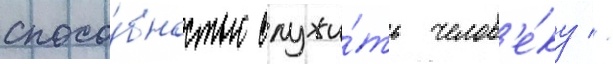
спосо́бностью служи́ть челов'е́ку //